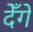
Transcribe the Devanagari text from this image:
देँगे